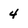
Character: 4